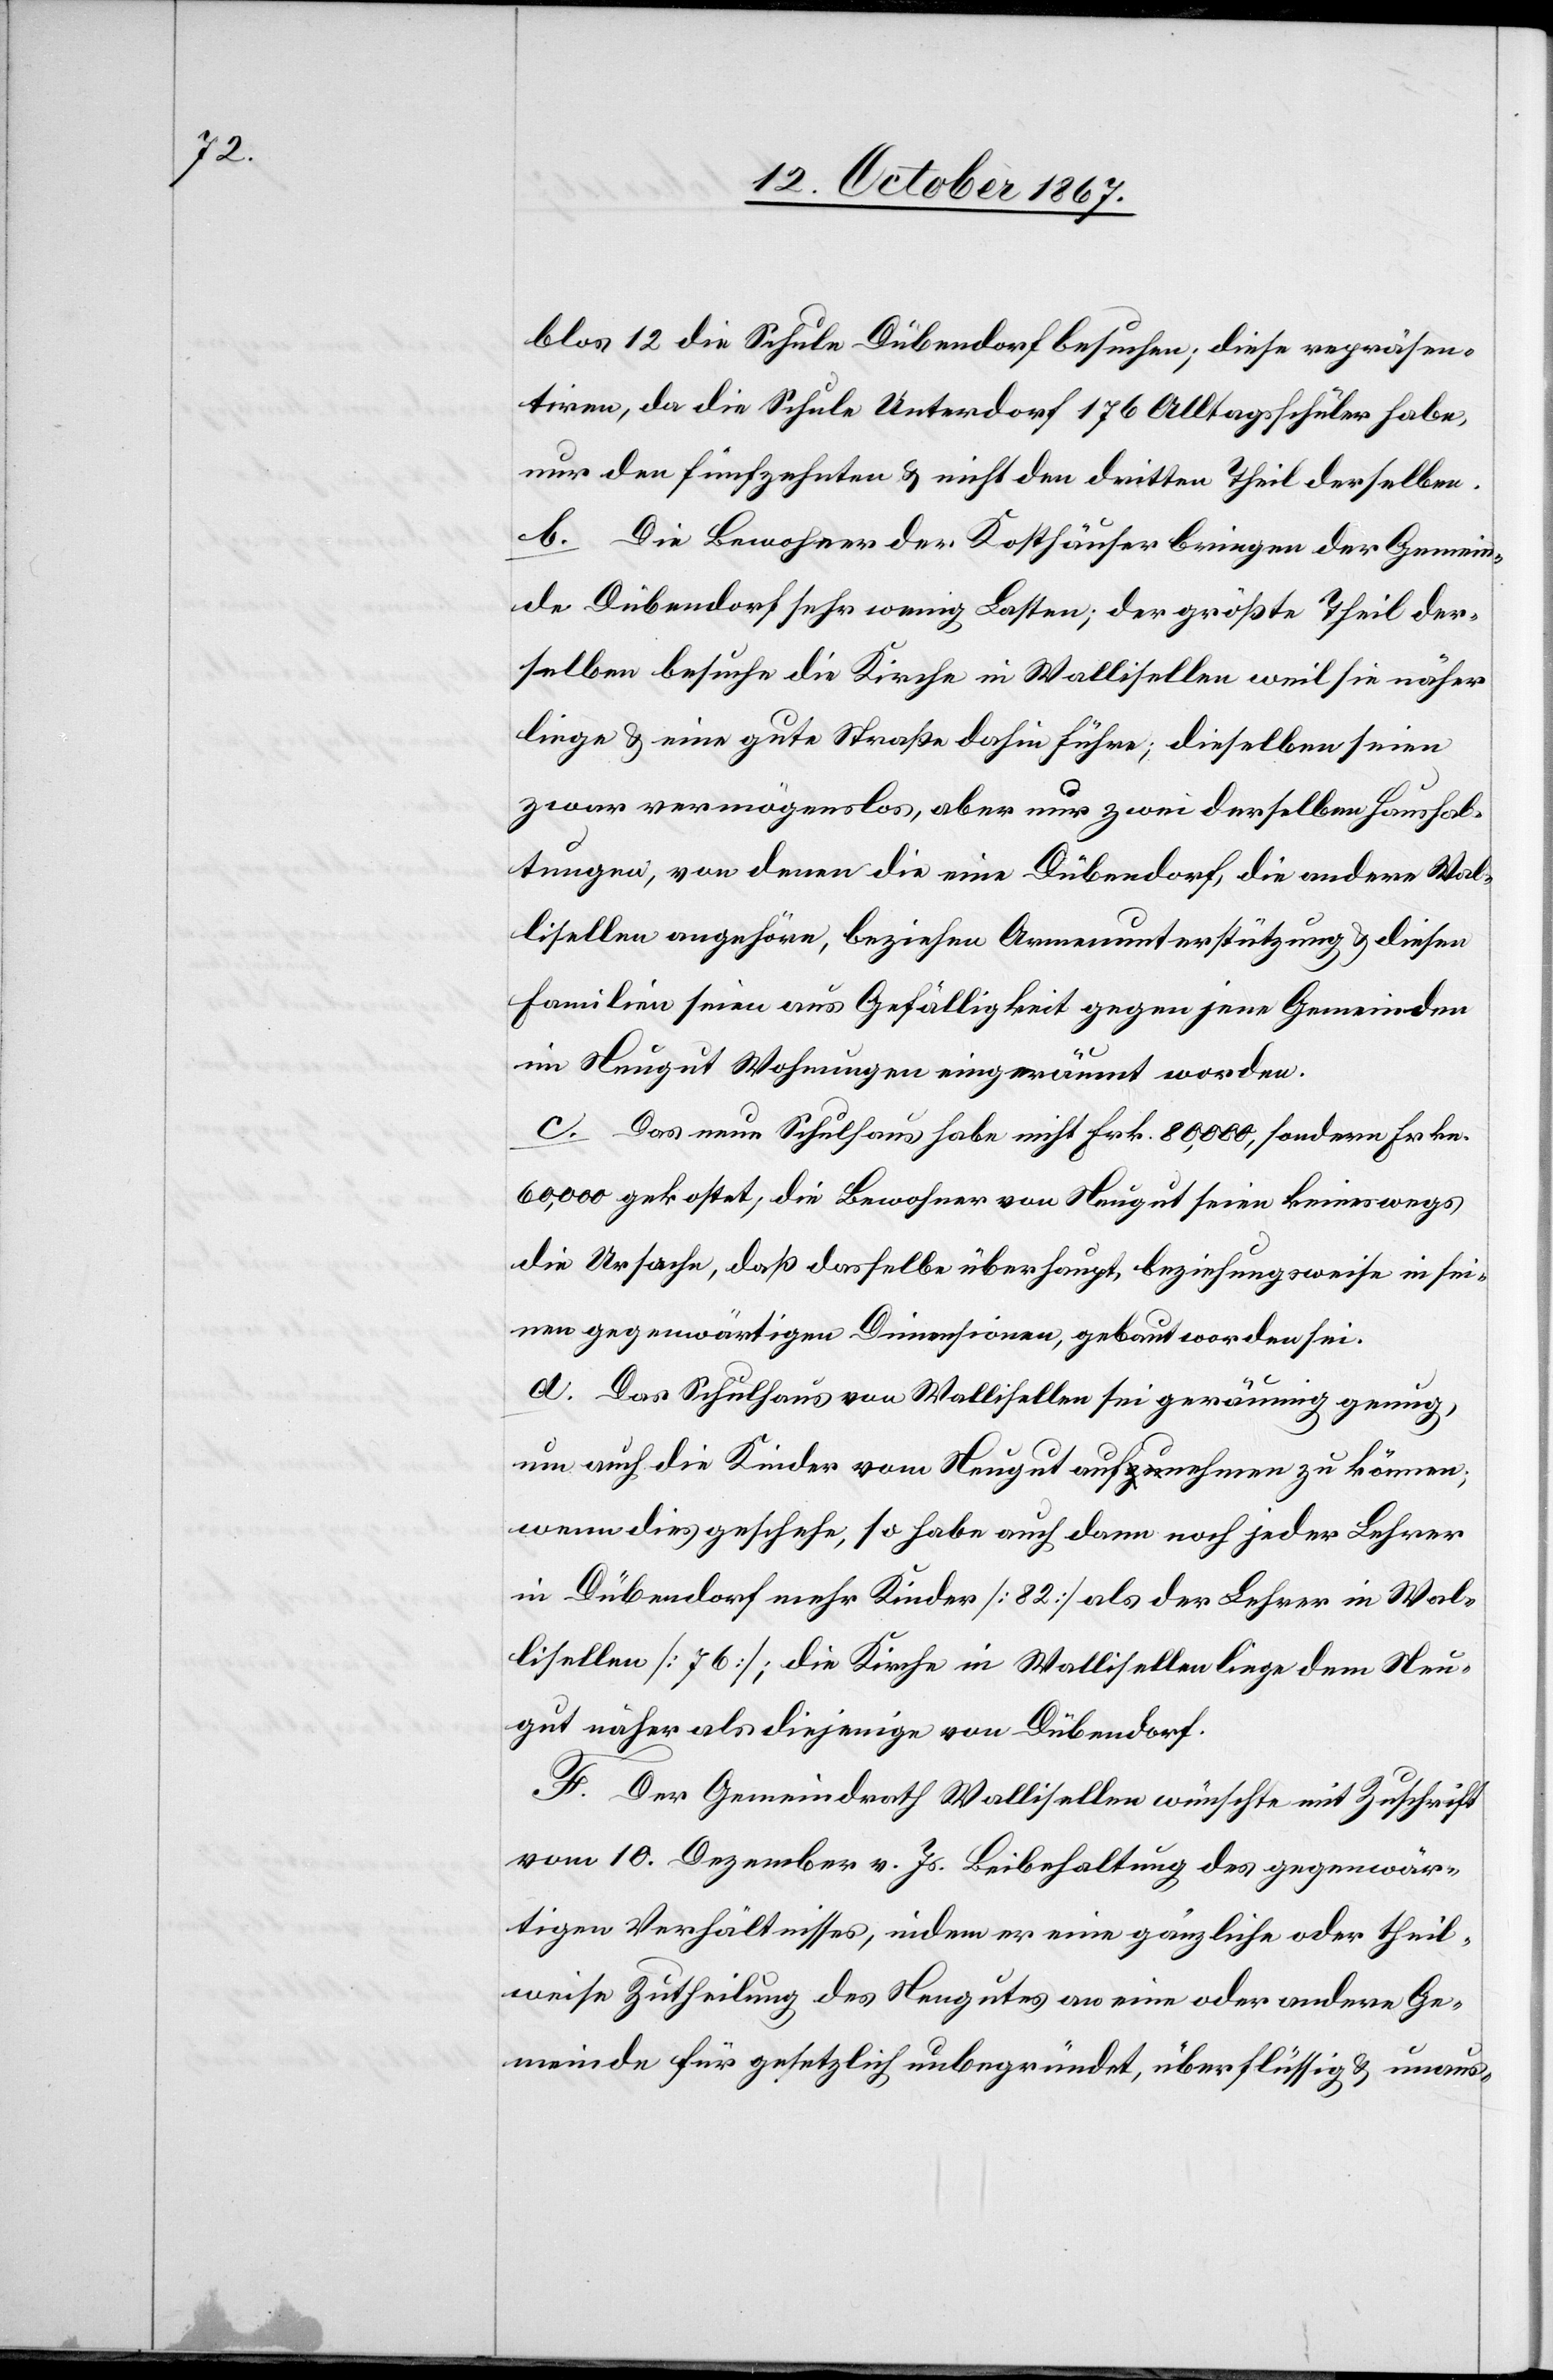
blos 12 die Schule Dübendorf besuchen; diese repräsen¬
tiren, da die Schule Unterdorf 176 Alltagsschüler habe,
nur den fünfzehnten u. nicht den dritten Theil derselben.
b. Die Bewohner der Kosthäuser bringen der Gemein¬
de Dübendorf sehr wenig Lasten; der größte Theil der¬
selben besuche die Kirche in Wallisellen weil sie näher
liege u. eine gute Straße dahin führe; dieselben seien
zwar vermögenslos, aber nur zwei derselben Haushal¬
tungen, von denen die eine Dübendorf, die andere Wal¬
lisellen angehöre, beziehen Armenunterstützung u. diesen
Familien seien aus Gefälligkeit gegen jene Gemeinden
im Neugut Wohnungen eingeräumt worden.
c. Das neue Schulhaus habe nicht Frk. 80 000, sondern Frk.
60 000 gekostet, die Bewohner von Neugut seien keineswegs
die Ursache, daß dasselbe überhaupt, beziehungsweise in sei¬
nen gegenwärtigen Dimensionen, gebaut worden sei.
d. Das Schulhaus von Wallisellen sei geräumig genug,
um auch die Kinder vom Neugut aufnehmen zu können;
wenn dies geschehe, so habe auch dann noch jeder Lehrer
in Dübendorf mehr Kinder [82] als der Lehrer in Wal¬
lisellen [76]; die Kirche in Wallisellen liege dem Neu¬
gut näher als diejenige von Dübendorf.
F. Der Gemeindrath Wallisellen wünschte mit Zuschrift
vom 10. Dezember v. Js. Beibehaltung der gegenwär¬
tigen Verhältnisse, indem er eine gänzliche oder theil¬
weise Zutheilung des Neugutes an eine oder andere Ge¬
meinde für gesetzlich unbegründet, überflüssig u. unaus-